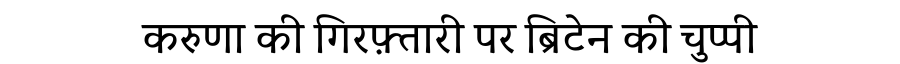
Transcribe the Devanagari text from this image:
करुणा की गिरफ़्तारी पर ब्रिटेन की चुप्पी